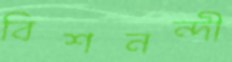
বিশনন্দী